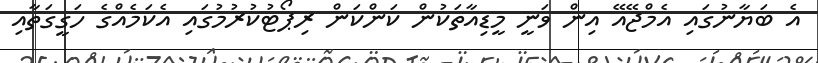
އެ ބަޔާނުގައި އެމްޖޭއޭ އިން ވަނީ މީޑިއާތަކުން ކަންކަން ރިޕޯޓުކުރުމުގައި އެކަމެއްގެ ހަގީގަތާއި